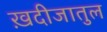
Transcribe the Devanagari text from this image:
ख़दीजातुल